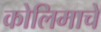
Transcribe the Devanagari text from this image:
कोलिमाचे